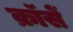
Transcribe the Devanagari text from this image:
क्रॉसें